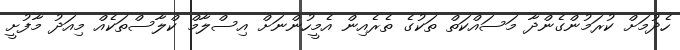
ހެދުމަށް ކުރަމުންގެންދާ މަސައްކަތް ތަކުގެ ތެރެއިން އެމީހުންނަށް އިސްލާމް ކްލާސްތަކެއް މިއަދު މާފުށީ